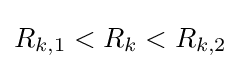
R_{k,1}<R_{k}<R_{k,2}